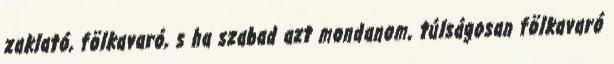
zaklató, fölkavaró, s ha szabad azt mondanom, túlságosan fölkavaró